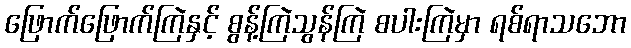
ဖြောက်ဖြောက်ကြဲနှင့် စွန့်ကြဲသွန်ကြဲ စပါးကြဲမှာ ရစ်ရာသဘော